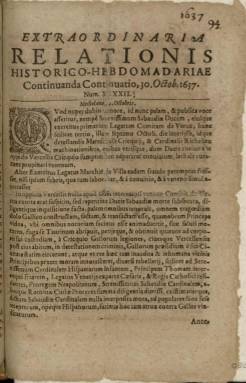
Título: Ordinaria relationis historico-hebdomadariae continuanda continuatio
Otros títulos: Ordinaria relationis historico hebdomadariae continuanda continuatio || Algunos números llevan el título: Extraordinaria relationis historico-hebdomadariae continunanda continuatio || Extraordinaria relationis historico hebdomadariae continuanda continuatio
Colección: Gacetas
Ámbito geográfico: Alemania
Lugar de publicación: Coloniae
Fechas: 30/10/1637-25/08/1638

Ejemplares extraídos de los volúmenes MSS/2368 y MSS/2369 digitalizados en BDH.

Se ha respetado la fecha y numeración que consta en los originales, aunque en varios casos se repite o hay posibles erratas.